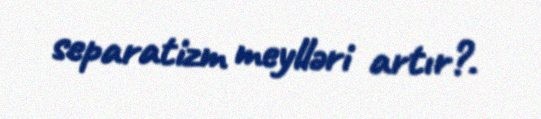
separatizm meylləri artır?.